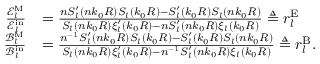
\begin{array} { r l } { \frac { \mathcal { E } _ { l } ^ { \mathrm { M } } } { \mathcal { E } _ { l } ^ { \mathrm { i n } } } } & { = \frac { n S _ { l } ^ { \prime } ( n k _ { 0 } R ) S _ { l } ( k _ { 0 } R ) - S _ { l } ^ { \prime } ( k _ { 0 } R ) S _ { l } ( n k _ { 0 } R ) } { S _ { l } ( n k _ { 0 } R ) \xi _ { l } ^ { \prime } ( k _ { 0 } R ) - n S _ { l } ^ { \prime } ( n k _ { 0 } R ) \xi _ { l } ( k _ { 0 } R ) } \triangleq r _ { l } ^ { \mathrm { E } } } \\ { \frac { \mathcal { B } _ { l } ^ { \mathrm { M } } } { \mathcal { B } _ { l } ^ { \mathrm { i n } } } } & { = \frac { n ^ { - 1 } S _ { l } ^ { \prime } ( n k _ { 0 } R ) S _ { l } ( k _ { 0 } R ) - S _ { l } ^ { \prime } ( k _ { 0 } R ) S _ { l } ( n k _ { 0 } R ) } { S _ { l } ( n k _ { 0 } R ) \xi _ { l } ^ { \prime } ( k _ { 0 } R ) - n ^ { - 1 } S _ { l } ^ { \prime } ( n k _ { 0 } R ) \xi _ { l } ( k _ { 0 } R ) } \triangleq r _ { l } ^ { \mathrm { B } } . } \end{array}